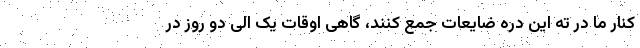
کنار ما در ته این دره ضایعات جمع کنند، گاهی اوقات یک الی دو روز در